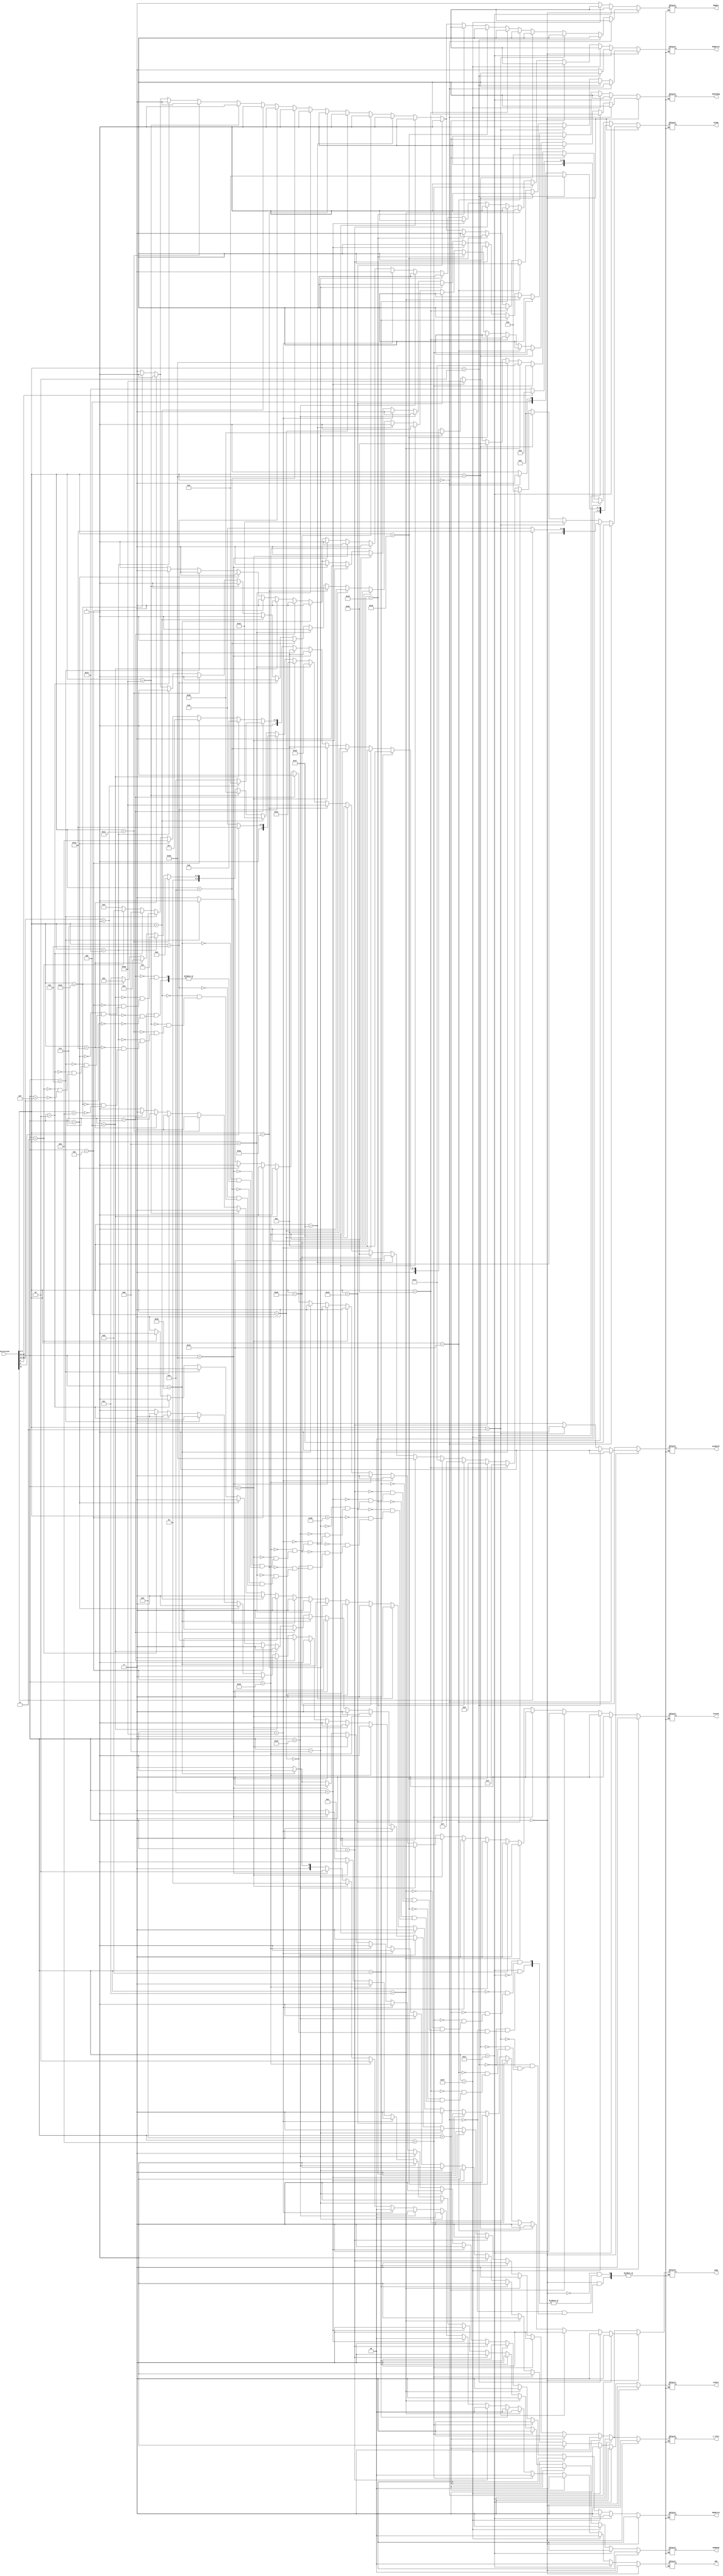
`timescale 1ns / 1ps
//////////////////////////////////////////////////////////////////////////////////
// Company: 
// Engineer: 
// 
// Design Name: 
// Module Name: Controller
// Project Name: 
// Target Devices: 
// Tool Versions: 
// Description: 
// 
// Dependencies: 
// 
// Revision:
// Revision 0.01 - File Created
// Additional Comments:
// 
//////////////////////////////////////////////////////////////////////////////////


module Controller(Instruction, ALUSrc, RegDst, RegWrite, ALUOp, MemRead, MemWrite, MemToReg, ALUShift, branch, whb, jump, j_jrSrc);
    input [31:0] Instruction;
    output reg ALUSrc, RegDst, RegWrite, MemRead, MemWrite, MemToReg, ALUShift, branch, jump, j_jrSrc;
    output reg [1:0] whb;
    output reg [5:0] ALUOp;
    
    initial begin
        ALUSrc <= 0;
        RegDst <= 0;
        RegWrite <= 0;
        MemRead <= 0;
        MemWrite <= 0;
        MemToReg <= 0;
        ALUShift <= 0;
        branch <= 0;
        ALUOp <=  6'b0;
        whb <= 2'b0;
        jump <= 0;
        j_jrSrc <= 0;
    
    end


    always@(Instruction) begin

        /*ALUSrc <= 0;
        RegDst <= 0;
        RegWrite <= 0;
        MemRead <= 0;
        MemWrite <= 0;
        MemToReg <= 0;
        ALUShift <= 0;
        branch <= 0;
        ALUOp <=  6'b0;
        whb <= 2'b0;*/
        
//        //NOP
//        if(Instruction == 32'b0) begin
//            ALUSrc <= 0;
//            RegDst <= 0;
//            RegWrite <= 0;
//            MemRead <= 0;
//            MemWrite <= 0;
//            MemToReg <= 0;
//            ALUShift <= 0;
//            branch <= 0;
//            ALUOp <=  6'b0;
//            whb <= 2'b0;
//            jump <= 0;
//            j_jrSrc <= 0;
            
        
//        end

        //Special R-Type Operations with OP Code 000000
        if(Instruction[31:26] == 6'b000000) 
        begin
            
            //sll
            if(Instruction[5:0] == 6'b000000) 
            begin
                ALUSrc <= 0;
                RegDst <= 1;
                RegWrite <= 1;
                ALUOp <= 6'b100111;
                MemRead <= 0;
                MemWrite <= 0;
                MemToReg <= 1;
                ALUShift <= 1;
                branch <= 0;
                whb <= 2'b0;
                jump <= 0;
                j_jrSrc <= 0;
            end
        
            //srl & rotr
            else if(Instruction[5:0] == 6'b000010) 
            begin
                
                //srl
                if(Instruction[21] == 1'b0) 
                begin
                    ALUSrc <= 0;
                    RegDst <= 1;
                    RegWrite <= 1;
                    ALUOp <= 6'b101000;
                    MemRead <= 0;
                    MemWrite <= 0;
                    MemToReg <= 1;
                    ALUShift <= 1;
                    branch <= 0;
                    whb <= 2'b0;
                    jump <= 0;
                    j_jrSrc <= 0;
                end
                
                //rotr
                else 
                begin
                   ALUSrc <= 0;
                    RegDst <= 1;
                    RegWrite <= 1;
                    ALUOp <= 6'b110000;
                    MemRead <= 0;
                    MemWrite <= 0;
                    MemToReg <= 1;
                    ALUShift <= 1;
                    branch <= 0;
                    whb <= 2'b0;
                    jump <= 0;
                    j_jrSrc <= 0;
                end 
            end
            
            //sra
            else if(Instruction[5:0] == 6'b000011) 
            begin  
                ALUSrc <= 0;
                RegDst <= 1;
                RegWrite <= 1;
                ALUOp <= 6'b110001;
                MemRead <= 0;
                MemWrite <= 0;
                MemToReg <= 1;
                ALUShift <= 1;
                branch <= 0;
                whb <= 2'b0;
                jump <= 0;
                j_jrSrc <= 0;
            end
                
        
        //Arithmetic and bitwise logical R-Type Operations
            
            //add
            else if(Instruction[5:0] == 6'b100000) 
            begin
                ALUSrc <= 0;
                RegDst <= 1;
                RegWrite <= 1;
                ALUOp <= 6'b000000;
                MemRead <= 0;
                MemWrite <= 0;
                MemToReg <= 1;
                ALUShift <= 0;
                branch <= 0;
                whb <= 2'b0;
                jump <= 0;
                j_jrSrc <= 0;
            end
            
            //addu
            else if(Instruction[5:0] == 6'b100001) 
            begin
                ALUSrc <= 0;
                RegDst <= 1;
                RegWrite <= 1;
                ALUOp <= 6'b000010;
                MemRead <= 0;
                MemWrite <= 0;
                MemToReg <= 1;
                ALUShift <= 0;
                branch <= 0;
                whb <= 2'b0;
                jump <= 0;
                j_jrSrc <= 0;
            end
            
            //sub
            else if(Instruction[5:0] == 6'b100010) 
            begin
                ALUSrc <= 0;
                RegDst <= 1;
                RegWrite <= 1;
                ALUOp <= 6'b000100;
                MemRead <= 0;
                MemWrite <= 0;
                MemToReg <= 1;
                ALUShift <= 0;
                branch <= 0;
                whb <= 2'b0;
                jump <= 0;
                j_jrSrc <= 0;
            end
            
            //mult
            else if(Instruction[5:0] == 6'b011000) 
            begin
                ALUSrc <= 0;
                RegDst <= 1;
                RegWrite <= 0;
                ALUOp <= 6'b000110;
                MemRead <= 0;
                MemWrite <= 0;
                MemToReg <= 1;
                ALUShift <= 0;
                branch <= 0;
                whb <= 2'b0;
                jump <= 0; 
                j_jrSrc <= 0;                                             
            end
            
            //multu
            else if(Instruction[5:0] == 6'b011001) 
            begin
                ALUSrc <= 0;
                RegDst <= 1;
                RegWrite <= 0;
                ALUOp <= 6'b000111;
                MemRead <= 0;
                MemWrite <= 0;
                MemToReg <= 1;
                ALUShift <= 0;
                branch <= 0;
                whb <= 2'b0;
                jump <= 0; 
                j_jrSrc <= 0;                                                    
            end
            
            //and
            else if(Instruction[5:0] == 6'b100100) 
            begin
                ALUSrc <= 0;
                RegDst <= 1;
                RegWrite <= 1;
                ALUOp <= 6'b011110;
                MemRead <= 0;
                MemWrite <= 0;
                MemToReg <= 1;
                ALUShift <= 0;
                branch <= 0;
                whb <= 2'b0;
                jump <= 0;
                j_jrSrc <= 0;                                                     
            end
            
            //or
            else if(Instruction[5:0] == 6'b100101) 
            begin
                ALUSrc <= 0;
                RegDst <= 1;
                RegWrite <= 1;
                ALUOp <= 6'b100000;
                MemRead <= 0;
                MemWrite <= 0;
                MemToReg <= 1;
                ALUShift <= 0;
                branch <= 0;
                whb <= 2'b0;
                jump <= 0; 
                j_jrSrc <= 0;                                                  
            end
            
            //nor
            else if(Instruction[5:0] == 6'b100111) 
            begin
                ALUSrc <= 0;
                RegDst <= 1;
                RegWrite <= 1;
                ALUOp <= 6'b100001;
                MemRead <= 0;
                MemWrite <= 0;
                MemToReg <= 1;
                ALUShift <= 0;
                branch <= 0;
                whb <= 2'b0;
                jump <= 0;
                j_jrSrc <= 0;                                                          
            end
            
            //xor
            else if(Instruction[5:0] == 6'b100110) 
            begin
                ALUSrc <= 0;
                RegDst <= 1;
                RegWrite <= 1;
                ALUOp <= 6'b100010;
                MemRead <= 0;
                MemWrite <= 0;
                MemToReg <= 1;
                ALUShift <= 0;
                branch <= 0;
                whb <= 2'b0;
                jump <= 0; 
                j_jrSrc <= 0;                                                     
            end
            
            //sllv
            else if(Instruction[5:0] == 6'b000100) 
            begin
                ALUSrc <= 0;
                RegDst <= 1;
                RegWrite <= 1;
                ALUOp <= 6'b100111;
                MemRead <= 0;
                MemWrite <= 0;
                MemToReg <= 1;
                ALUShift <= 0;
                branch <= 0;
                whb <= 2'b0;
                jump <= 0;
                j_jrSrc <= 0;                                                        
            end
            
            //slt
            else if(Instruction[5:0] == 6'b101010) 
            begin
                ALUSrc <= 0;
                RegDst <= 1;
                RegWrite <= 1;
                ALUOp <= 6'b101011;
                MemRead <= 0;
                MemWrite <= 0;
                MemToReg <= 1;
                ALUShift <= 0;
                branch <= 0;
                whb <= 2'b0;
                jump <= 0; 
                j_jrSrc <= 0;                                                       
            end
            
            //movn
            else if(Instruction[5:0] == 6'b001011) 
            begin
                ALUSrc <= 0;
                RegDst <= 1;
                RegWrite <= 1;
                ALUOp <= 6'b101101;
                MemRead <= 0;
                MemWrite <= 0;
                MemToReg <= 1;
                ALUShift <= 0;
                branch <= 0;
                whb <= 2'b0;
                jump <= 0; 
                j_jrSrc <= 0;                                                      
            end
            
            //movz
            else if(Instruction[5:0] == 6'b001010) 
            begin
                ALUSrc <= 0;
                RegDst <= 1;
                RegWrite <= 1;
                ALUOp <= 6'b101110;
                MemRead <= 0;
                MemWrite <= 0;
                MemToReg <= 1;
                ALUShift <= 0;
                branch <= 0;
                whb <= 2'b0;
                jump <= 0;
                j_jrSrc <= 0;                                                          
            end
            
            //srlv & rotrv
            else if(Instruction[5:0] == 6'b000110) 
            begin
            
                //srlv
                if(Instruction[6] == 1'b0) 
                begin
                    ALUSrc <= 0;
                    RegDst <= 1;
                    RegWrite <= 1;
                    ALUOp <= 6'b101000;
                    MemRead <= 0;
                    MemWrite <= 0;
                    MemToReg <= 1;
                    ALUShift <= 0;
                    branch <= 0;
                    whb <= 2'b0;
                    jump <= 0;
                    j_jrSrc <= 0;
                end
                
                //rotrv
                else 
                begin
                    ALUSrc <= 0;
                    RegDst <= 1;
                    RegWrite <= 1;
                    ALUOp <= 6'b110000;
                    MemRead <= 0;
                    MemWrite <= 0;
                    MemToReg <= 1;
                    ALUShift <= 0;
                    branch <= 0;
                    whb <= 2'b0;
                    jump <= 0;
                    j_jrSrc <= 0;
                end                             
            end
            
            //srav
            else if(Instruction[5:0] == 6'b000111) 
            begin
                ALUSrc <= 0;
                RegDst <= 1;
                RegWrite <= 1;
                ALUOp <= 6'b110001;
                MemRead <= 0;
                MemWrite <= 0;
                MemToReg <= 1;
                ALUShift <= 0;
                branch <= 0;
                whb <= 2'b0;
                jump <= 0; 
                j_jrSrc <= 0;                                                     
            end
            
            //sltu
            else if(Instruction[5:0] == 6'b101011) 
            begin
                ALUSrc <= 0;
                RegDst <= 1;
                RegWrite <= 1;
                ALUOp <= 6'b110101;
                MemRead <= 0;
                MemWrite <= 0;
                MemToReg <= 1;
                ALUShift <= 0;
                branch <= 0;
                whb <= 2'b0;
                jump <= 0;
                j_jrSrc <= 0;                                                         
            end
            
            //mthi
            else if(Instruction[5:0] == 6'b010001) 
            begin
                ALUSrc <= 0;
                RegDst <= 0;
                RegWrite <= 0;
                ALUOp <= 6'b010000;
                MemRead <= 0;
                MemWrite <= 0;
                MemToReg <= 1;
                ALUShift <= 0;
                branch <= 0;
                whb <= 2'b0;
                jump <= 0; 
                j_jrSrc <= 0;                                                  
            end
            
            //mtlo
            else if(Instruction[5:0] == 6'b010011) 
            begin
                ALUSrc <= 0;
                RegDst <= 0;
                RegWrite <= 0;
                ALUOp <= 6'b010001;
                MemRead <= 0;
                MemWrite <= 0;
                MemToReg <= 1;
                ALUShift <= 0;
                branch <= 0;
                whb <= 2'b0;
                jump <= 0; 
                j_jrSrc <= 0;                                                         
            end
            
            //mfhi
            else if(Instruction[5:0] == 6'b010000) 
            begin
                ALUSrc <= 0;
                RegDst <= 1;
                RegWrite <= 1;
                ALUOp <= 6'b010010;
                MemRead <= 0;
                MemWrite <= 0;
                MemToReg <= 1;
                ALUShift <= 0;
                branch <= 0;
                whb <= 2'b0;
                jump <= 0;  
                j_jrSrc <= 0;                                                     
            end
            
            //mflo
            else if(Instruction[5:0] == 6'b010010) 
            begin
                ALUSrc <= 0;
                RegDst <= 1;
                RegWrite <= 1;
                ALUOp <= 6'b010011;
                MemRead <= 0;
                MemWrite <= 0;
                MemToReg <= 1;
                ALUShift <= 0;
                branch <= 0;
                whb <= 2'b0;
                jump <= 0; 
                j_jrSrc <= 0;                                                                                    
            end
            
            //jr
            else if(Instruction[5:0] == 6'b001000) 
            begin
                ALUSrc <= 0;
                RegDst <= 0;
                RegWrite <= 0;
                ALUOp <= 6'b011100;
                MemRead <= 0;
                MemWrite <= 0;
                MemToReg <= 0;
                ALUShift <= 0;
                branch <= 0;
                whb <= 2'b0;
                jump <= 1;
                j_jrSrc <= 0;                                                                           
            end               
        end
        
        //Multiplication R-Type
        else if(Instruction[31:26] == 6'b011100) 
        begin
        
            //mul
            if(Instruction[5:0] == 6'b000010) 
            begin
                ALUSrc <= 0;
                RegDst <= 1;
                RegWrite <= 1;
                ALUOp <= 6'b000101;
                MemRead <= 0;
                MemWrite <= 0;
                MemToReg <= 1;
                ALUShift <= 0;
                branch <= 0;
                whb <= 2'b0;
                jump <= 0;
                j_jrSrc <= 0;
            end
            
            //madd
            else if(Instruction[5:0] == 6'b000000) 
            begin
                ALUSrc <= 0;
                RegDst <= 1;
                RegWrite <= 0;
                ALUOp <= 6'b001000;
                MemRead <= 0;
                MemWrite <= 0;
                MemToReg <= 1;
                ALUShift <= 0;
                branch <= 0;
                whb <= 2'b0;
                jump <= 0; 
                j_jrSrc <= 0;                                                                                   
            end
            
            //msub
            else if(Instruction[5:0] == 6'b000100) 
            begin
                ALUSrc <= 0;
                RegDst <= 1;
                RegWrite <= 0;
                ALUOp <= 6'b001001;
                MemRead <= 0;
                MemWrite <= 0;
                MemToReg <= 1;
                ALUShift <= 0;
                branch <= 0;
                whb <= 2'b0;
                jump <= 0;  
                j_jrSrc <= 0;                                                                                    
            end
        end
        
        //Sign Extension
        else if(Instruction[31:26] == 6'b011111) 
        begin
        
            //seh
            if(Instruction[9] == 1'b1) 
            begin
                ALUSrc <= 0;
                RegDst <= 1;
                RegWrite <= 1;
                ALUOp <= 6'b100110;
                MemRead <= 0;
                MemWrite <= 0;
                MemToReg <= 1;
                ALUShift <= 0;
                branch <= 0;
                whb <= 2'b0;
                jump <= 0;
                j_jrSrc <= 0;
            end
            
            //seb
            else 
            begin
                ALUSrc <= 0;
                RegDst <= 1;
                RegWrite <= 1;
                ALUOp <= 6'b110011;
                MemRead <= 0;
                MemWrite <= 0;
                MemToReg <= 1;
                ALUShift <= 0;
                branch <= 0;
                whb <= 2'b0;
                jump <= 0;
                j_jrSrc <= 0;
            end
        end
        
        //I-Type Operations
        else 
        begin
            
            //addiu
            if(Instruction[31:26] == 6'b001001) 
            begin
                ALUSrc <= 1;
                RegDst <= 0;
                RegWrite <= 1;
                ALUOp <= 6'b000010;
                MemRead <= 0;
                MemWrite <= 0;
                MemToReg <= 1;
                ALUShift <= 0;
                branch <= 0;
                whb <= 2'b0;
                jump <= 0;
                j_jrSrc <= 0;
            end
            
            //addi
            else if(Instruction[31:26] == 6'b001000)
            begin
                ALUSrc <= 1;
                RegDst <= 0;
                RegWrite <= 1; 
                ALUOp <= 6'b000000; 
                MemRead <= 0;
                MemWrite <= 0;
                MemToReg <= 1;
                ALUShift <= 0;
                branch <= 0;
                whb <= 2'b0;
                jump <= 0;  
                j_jrSrc <= 0;            
            end
            
            //andi
            else if(Instruction[31:26] == 6'b001100) 
            begin
                ALUSrc <= 1;
                RegDst <= 0;
                RegWrite <= 1;
                ALUOp <= 6'b011110;
                MemRead <= 0;
                MemWrite <= 0;
                MemToReg <= 1;
                ALUShift <= 0;
                branch <= 0;
                whb <= 2'b0;
                jump <= 0;   
                j_jrSrc <= 0;                 
            end
            
            //ori
            else if(Instruction[31:26] == 6'b001101) 
            begin
                ALUSrc <= 1;
                RegDst <= 0;
                RegWrite <= 1;
                ALUOp <= 6'b100000;
                MemRead <= 0;
                MemWrite <= 0;
                MemToReg <= 1;
                ALUShift <= 0;
                branch <= 0;
                whb <= 2'b0;
                jump <= 0; 
                j_jrSrc <= 0;            
            end
            
            //xori
            else if(Instruction[31:26] == 6'b001110) 
            begin
                ALUSrc <= 1;
                RegDst <= 0;
                RegWrite <= 1;
                ALUOp <= 6'b100010;
                MemRead <= 0;
                MemWrite <= 0;
                MemToReg <= 1;
                ALUShift <= 0;
                branch <= 0;
                whb <= 2'b0;
                jump <= 0; 
                j_jrSrc <= 0;                 
            end
        
            //slti
            else if(Instruction[31:26] == 6'b001010) 
            begin
                ALUSrc <= 1;
                RegDst <= 0;
                RegWrite <= 1;
                ALUOp <= 6'b101011;
                MemRead <= 0;
                MemWrite <= 0;
                MemToReg <= 1;
                ALUShift <= 0;
                branch <= 0;
                whb <= 2'b0;
                jump <= 0; 
                j_jrSrc <= 0;             
            end
            
            //sltiu
            else if(Instruction[31:26] == 6'b001011)
            begin
                ALUSrc <= 1;
                RegDst <= 0;
                RegWrite <= 1;
                ALUOp <= 6'b110101;
                MemRead <= 0;
                MemWrite <= 0;
                MemToReg <= 1;
                ALUShift <= 0;
                branch <= 0;
                whb <= 2'b0;
                jump <= 0;
                j_jrSrc <= 0;               
            end
            
            //lw
             else if(Instruction[31:26] == 6'b100011) 
             begin
                 ALUSrc <= 1;
                 RegDst <= 0;
                 RegWrite <= 1;
                 ALUOp <= 6'b000000;
                 MemRead <= 1;
                 MemWrite <= 0;
                 MemToReg <= 0;
                 ALUShift <= 0;
                 branch <= 0;
                 whb <= 2'b0;
                 jump <= 0;  
                 j_jrSrc <= 0;                 
             end
             
             //sw
             else if(Instruction[31:26] == 6'b101011) 
             begin
                 ALUSrc <= 1;
                 RegDst <= 0;
                 RegWrite <= 0;
                 ALUOp <= 6'b000000;
                 MemRead <= 0;
                 MemWrite <= 1;
                 MemToReg <= 0;
                 ALUShift <= 0;
                 branch <= 0;   
                 whb <= 2'b0;
                 jump <= 0;
                 j_jrSrc <= 0;
             end
             
             //sb
             else if(Instruction[31:26] == 6'b101000) 
             begin
                 ALUSrc <= 1;
                 RegDst <= 0;
                 RegWrite <= 0;
                 ALUOp <= 6'b000000;
                 MemRead <= 0;
                 MemWrite <= 1;
                 MemToReg <= 0;
                 ALUShift <= 0;
                 branch <= 0;  
                 whb <= 2'b10;
                 jump <= 0; 
                 j_jrSrc <= 0;               
             end
             
             //lh
             else if(Instruction[31:26] == 6'b100001) 
             begin
                 ALUSrc <= 1;
                 RegDst <= 0;
                 RegWrite <= 1;
                 ALUOp <= 6'b000000;
                 MemRead <= 1;
                 MemWrite <= 0;
                 MemToReg <= 0;
                 ALUShift <= 0;
                 branch <= 0;  
                 whb <= 2'b01;
                 jump <= 0; 
                 j_jrSrc <= 0;              
             end
             
             //lb
             else if(Instruction[31:26] == 6'b100000) 
             begin
                 ALUSrc <= 1;
                 RegDst <= 0;
                 RegWrite <= 1;
                 ALUOp <= 6'b000000;
                 MemRead <= 1;
                 MemWrite <= 0;
                 MemToReg <= 0;
                 ALUShift <= 0;
                 branch <= 0;
                 whb <= 2'b10;
                 jump <= 0; 
                 j_jrSrc <= 0;                
             end
             
             //sh
             else if(Instruction[31:26] == 6'b101001) 
             begin
                 ALUSrc <= 1;
                 RegDst <= 0;
                 RegWrite <= 0;
                 ALUOp <= 6'b000000;
                 MemRead <= 0;
                 MemWrite <= 1;
                 MemToReg <= 0;
                 ALUShift <= 0;
                 branch <= 0; 
                 whb <= 2'b01;
                 jump <= 0; 
                 j_jrSrc <= 0;                
             end
            
            //bgez and bltz
            else if(Instruction[31:26] == 6'b000001) 
            begin
            
                //bgez
                if(Instruction[20:16] == 6'b00001) //culprit
                begin
                    ALUSrc <= 0;
                    RegDst <= 0;
                    RegWrite <= 0;
                    ALUOp <= 6'b010101;
                    MemRead <= 0;
                    MemWrite <= 0;
                    MemToReg <= 0;
                    ALUShift <= 0;
                    branch <= 1;
                    whb <= 2'b0;
                    jump <= 0;
                    j_jrSrc <= 0; 
                end
                
                //bltz
                else if(Instruction[20:16] == 6'b00000) //culprit
                begin
                    ALUSrc <= 0;
                    RegDst <= 0;
                    RegWrite <= 0;
                    ALUOp <= 6'b011010;
                    MemRead <= 0;
                    MemWrite <= 0;
                    MemToReg <= 0;
                    ALUShift <= 0;
                    branch <= 1;
                    whb <= 2'b0;
                    jump <= 0;
                    j_jrSrc <= 0;
                end
            end
            
            //beq
            else if(Instruction[31:26] == 6'b000100) 
            begin
                ALUSrc <= 0;
                RegDst <= 0;
                RegWrite <= 0;
                ALUOp <= 6'b010110;
                MemRead <= 0;
                MemWrite <= 0;
                MemToReg <= 0;
                ALUShift <= 0;
                branch <= 1;
                whb <= 2'b0;
                jump <= 0;
                j_jrSrc <= 0;
            end
            
            //bne
            else if(Instruction[31:26] == 6'b000101) 
            begin
                ALUSrc <= 0;
                RegDst <= 0;
                RegWrite <= 0;
                ALUOp <= 6'b010111;
                MemRead <= 0;
                MemWrite <= 0;
                MemToReg <= 0;
                ALUShift <= 0;
                branch <= 1;
                whb <= 2'b0;
                jump <= 0;
                j_jrSrc <= 0;
            end
            
            //bgtz
            else if(Instruction[31:26] == 6'b000111) //culprit
            begin
                ALUSrc <= 0;
                RegDst <= 0;
                RegWrite <= 0;
                ALUOp <= 6'b011000;
                MemRead <= 0;
                MemWrite <= 0;
                MemToReg <= 0;
                ALUShift <= 0;
                branch <= 1;
                whb <= 2'b0;
                jump <= 0;   
                j_jrSrc <= 0;          
            end
            
            //blez
            else if(Instruction[31:26] == 6'b000110) //culprit
            begin
                ALUSrc <= 0;
                RegDst <= 0;
                RegWrite <= 0;
                ALUOp <= 6'b011001;
                MemRead <= 0;
                MemWrite <= 0;
                MemToReg <= 0;
                ALUShift <= 0;
                branch <= 1;
                whb <= 2'b0;
                jump <= 0;
                j_jrSrc <= 0; 
            end
            
            //j
            else if(Instruction[31:26] == 6'b000010) //culprit
            begin
                ALUSrc <= 0;
                RegDst <= 0;
                RegWrite <= 0;
                ALUOp <= 6'b011011;
                MemRead <= 0;
                MemWrite <= 0;
                MemToReg <= 0;
                ALUShift <= 0;
                branch <= 0;
                jump <= 1;
                whb <= 2'b0;
                j_jrSrc <= 1;
            end
            
            //jal
            else if(Instruction[31:26] == 6'b000011)  //culprit
            begin
                ALUSrc <= 0;
                RegDst <= 0;
                RegWrite <= 1;
                ALUOp <= 6'b011101;
                MemRead <= 0;
                MemWrite <= 0;
                MemToReg <= 1;
                ALUShift <= 0;
                branch <= 0;
                whb <= 2'b0;
                jump <= 1; 
                j_jrSrc <= 1;
            end
            
            //lui
            else if(Instruction[31:26] == 6'b001111) 
            begin
                ALUSrc <= 1;
                RegDst <= 0;
                RegWrite <= 1;
                ALUOp <= 6'b010100;
                MemRead <= 0;
                MemWrite <= 0;
                MemToReg <= 1;
                ALUShift <= 0;
                branch <= 0;
                whb <= 2'b0;
                jump <= 0;
                j_jrSrc <= 0;
            end
        end
    end
endmodule